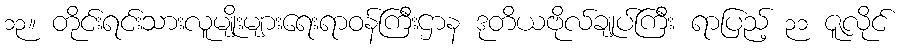
၁၃။ တိုင်းရင်းသားလူမျိုးများရေးရာဝန်ကြီးဌာန ဒုတိယဗိုလ်ချုပ်ကြီး ရာပြည့် ၃၁ ဇူလိုင်